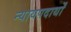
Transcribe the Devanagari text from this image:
न्यायपदार्थों